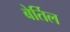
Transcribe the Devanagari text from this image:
बेर्तिल